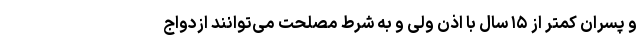
و پسران کمتر از ۱۵ سال با اذن ولی و به شرط مصلحت می‌توانند ازدواج